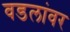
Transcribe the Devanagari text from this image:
वडलांवर